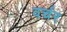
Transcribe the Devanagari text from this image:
वर्चर